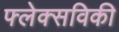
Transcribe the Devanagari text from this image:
फ्लेक्सविकी